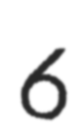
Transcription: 6